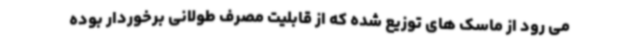
می رود از ماسک های توزیع شده که از قابلیت مصرف طولانی برخوردار بوده